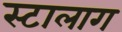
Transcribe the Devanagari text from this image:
स्टालाग